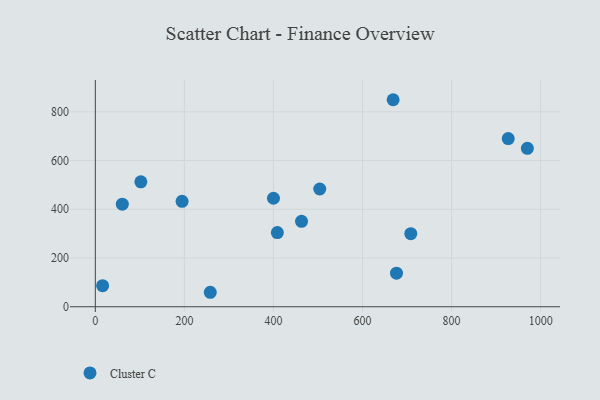
{"axis": {"x": "Investment", "y": "Salary"}, "legend": ["Cluster C"], "data": [{"x": "258.1", "y": 59.4, "type": "Cluster C"}, {"x": "708.3", "y": 299.9, "type": "Cluster C"}, {"x": "16.4", "y": 86.6, "type": "Cluster C"}, {"x": "408.7", "y": 304.5, "type": "Cluster C"}, {"x": "194.8", "y": 432.6, "type": "Cluster C"}, {"x": "503.9", "y": 483.2, "type": "Cluster C"}, {"x": "400.0", "y": 445.3, "type": "Cluster C"}, {"x": "668.7", "y": 849.5, "type": "Cluster C"}, {"x": "970.1", "y": 649.9, "type": "Cluster C"}, {"x": "676.2", "y": 137.9, "type": "Cluster C"}, {"x": "102.2", "y": 512.6, "type": "Cluster C"}, {"x": "463.0", "y": 350.6, "type": "Cluster C"}, {"x": "60.6", "y": 420.9, "type": "Cluster C"}, {"x": "927.1", "y": 689.9, "type": "Cluster C"}]}